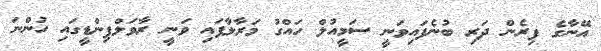
އޭނާގެ ފިރެން ދަރި ބުނެފައިވަނީ ސަމީއުލް ހައްގު މަރާލާފައި ވަނީ ރާވަލްޕިންޑީގައި ހުންނަ